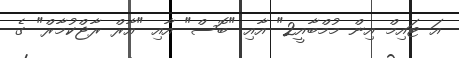
އަ ޓައިމް އިން މުމްބާއީ2" އާއި "ބޮސް" އާއި "އާރް ރާޖްކުމާރް" ގެ